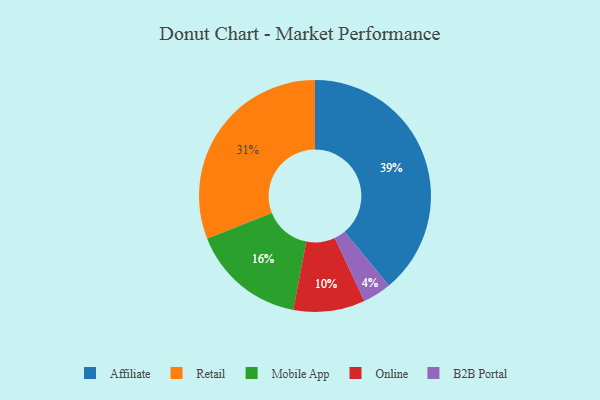
{"axis": {"x": "Category", "y": "Percentage"}, "legend": ["Affiliate", "B2B Portal", "Mobile App", "Online", "Retail"], "data": [{"x": "Retail", "y": 31, "type": "Retail"}, {"x": "B2B Portal", "y": 4, "type": "B2B Portal"}, {"x": "Mobile App", "y": 16, "type": "Mobile App"}, {"x": "Online", "y": 10, "type": "Online"}, {"x": "Affiliate", "y": 39, "type": "Affiliate"}]}